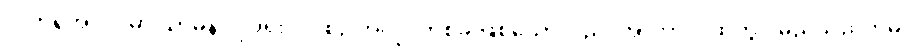
လက်ရှိအလုပ်မှာ သာမန် လုပ်ရိုးလုပ်စဉ် အလုပ်တစ်ခု ဖြစ်သော်လည်း အာကာသထဲတွင် မည်သည်ကိုမှ